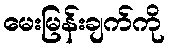
မေးမြန်းချက်ကို